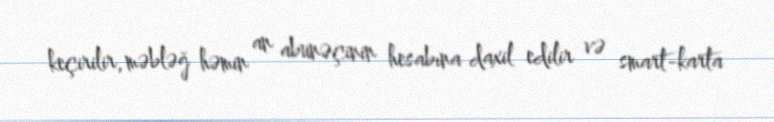
keçirilir, məbləğ həmin an abunəçinin hesabına daxil edilir və smart-karta